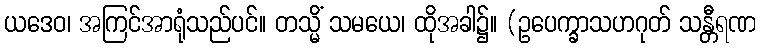
ယဒေဝ၊ အကြင်အာရုံသည်ပင်။ တသ္မိံ သမယေ၊ ထိုအခါ၌။ (ဥပေက္ခာသဟဂုတ် သန္တီရဏ